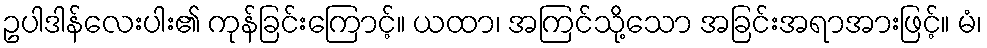
ဥပါဒါန်လေးပါး၏ ကုန်ခြင်းကြောင့်။ ယထာ၊ အကြင်သို့သော အခြင်းအရာအားဖြင့်။ မံ၊